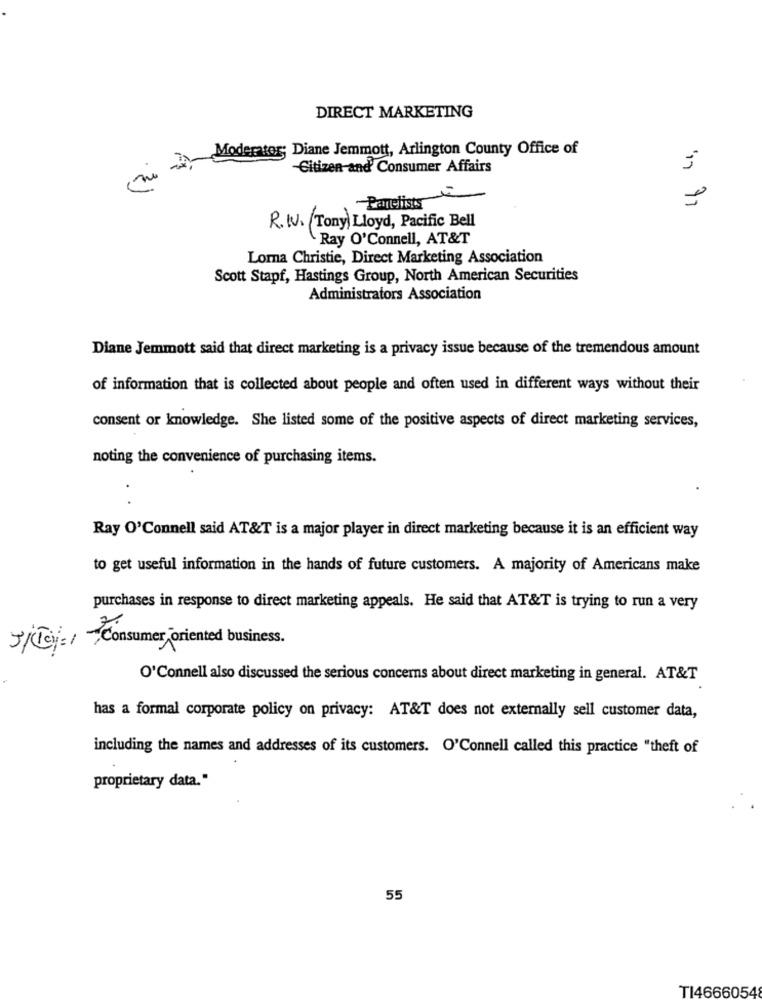
DIRECT MARKETING
Moderator; Diane Jemmott, Arlington County Office of
Citizen-and Consumer Affairs
Panelists
R.N.V. (Tony) Lloyd, Pacific Bell
Ray O'Connell, AT&T
Lorna Christie, Direct Marketing Association
Scott Stapf, Hastings Group, North American Securities
Administrators Association
Diane Jemmott said that direct marketing is a privacy issue because of the tremendous amount
of information that is collected about people and often used in different ways without their
consent or knowledge. She listed some of the positive aspects of direct marketing services,
noting the convenience of purchasing items.
Ray O'Connell said AT&T is a major player in direct marketing because it is an efficient way
to get useful information in the hands of future customers. A majority of Americans make
purchases in response to direct marketing appeals. He said that AT&T is trying to run a very
JjJj =~ Consumer -oriented business.
O'Connell also discussed the serious concerns about direct marketing in general. AT&T
has a formal corporate policy on privacy: AT&T does not externally sell customer data,
including the names and addresses of its customers. O'Connell called this practice "theft of
proprietary data."
55
TI46660548